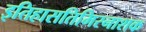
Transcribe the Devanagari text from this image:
इतिहासतिमिरनाशक